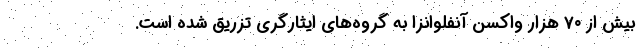
بیش از ۷۰‌ هزار واکسن آنفلوانزا به گروه‌های ایثارگری تزریق شده است.